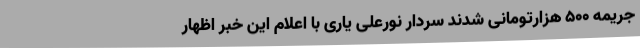
جریمه 500 هزارتومانی شدند سردار نورعلی یاری با اعلام این خبر اظهار